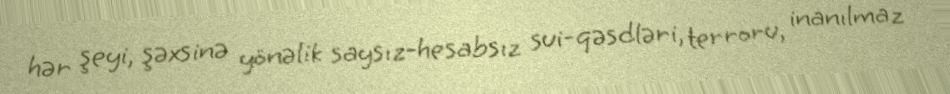
hər şeyi, şəxsinə yönəlik saysız-hesabsız sui-qəsdləri, terroru, inanılmaz